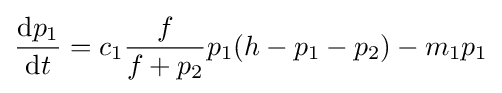
{\frac {{\text{d}}p_{1}}{{\text{d}}t}}=c_{1}{\frac {f}{f+p_{2}}}p_{1}(h-p_{1}-p_{2})-m_{1}p_{1}